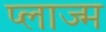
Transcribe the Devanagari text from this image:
प्लाज्म